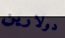
دولارين